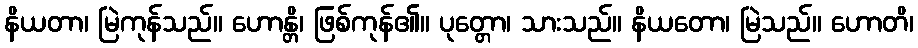
နိယတာ၊ မြဲကုန်သည်။ ဟောန္တိ၊ ဖြစ်ကုန်၏။ ပုတ္တော၊ သားသည်။ နိယတော၊ မြဲသည်။ ဟောတိ၊